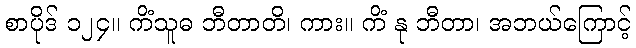
စာပိုဒ် ၁၂၄။ ကိံသူဓ ဘီတာတိ၊ ကား။ ကိံ နု ဘီတာ၊ အဘယ်ကြောင့်